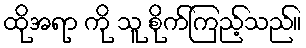
ထိုအရာ ကို သူ စိုက်ကြည့်သည်။